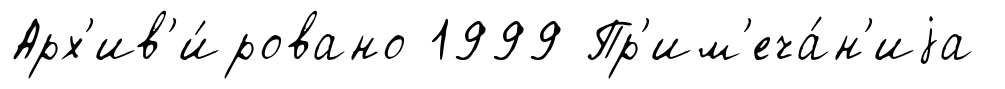
Арх'ив'и́ровано 1999 Пр'им'еча́н'иjа